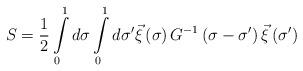
LaTeX: \begin{align*}S=\frac{1}{2}\int\limits_0^1 d\sigma\int\limits_0^1 d\sigma^\prime\vec\xi\left(\sigma\right)G^{-1}\left(\sigma-\sigma^\prime\right)\vec\xi\left(\sigma^\prime\right)\end{align*}